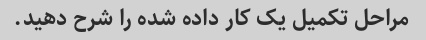
مراحل تکمیل یک کار داده شده را شرح دهید.